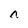
Character: n